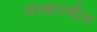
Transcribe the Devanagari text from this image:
संस्कारशील